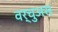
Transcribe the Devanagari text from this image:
वर्चुअस